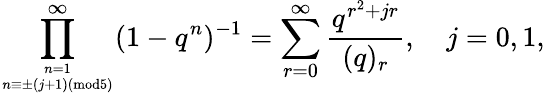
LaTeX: \displaystyle\prod_{n=1\atop n\equiv\pm(j+1)(\mathrm{mod}5)}^{\infty}(1-q^{n})^{-1}=\displaystyle\sum_{r=0}^{\infty}\frac{q^{r^{2}+jr}}{(q)_{r}},~~~~j=0,1,